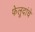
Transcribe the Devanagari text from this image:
फेलूदांचे